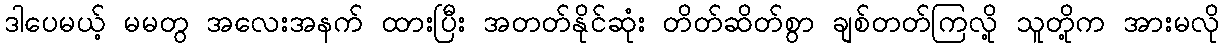
ဒါပေမယ့် မမတွ အလေးအနက် ထားပြီး အတတ်နိုင်ဆုံး တိတ်ဆိတ်စွာ ချစ်တတ်ကြလို့ သူတို့က အားမလို